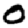
Digit: 0